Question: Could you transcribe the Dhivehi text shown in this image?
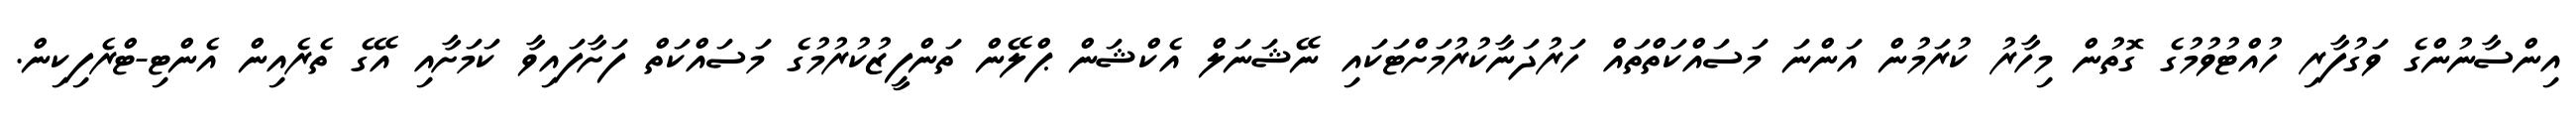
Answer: އިންސާނުންގެ ވަގުފާރި ހުއްޓުވުމުގެ ގޮތުން މިހާރު ކުރަމުން އަންނަ މަސައްކަތްތައް ހަރުދަނާކުރުމަށްޓަކައި ނޭޝަނަލް އެކްޝަން ޕްލޭން ތަންފީޒުކުރުމުގެ މަސައްކަތް ފަށާފައިވާ ކަމަށާއި އޭގެ ތެރެއިން އެންޓި-ޓްރެފިކިން.